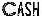
CASH